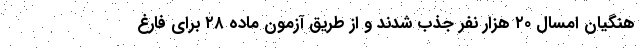
هنگیان امسال ۲۰ هزار نفر جذب شدند و از طریق آزمون ماده ۲۸ برای فارغ